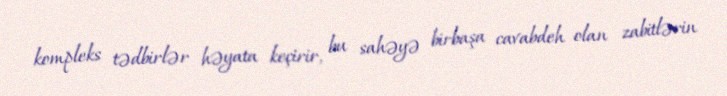
kompleks tədbirlər həyata keçirir, bu sahəyə birbaşa cavabdeh olan zabitlərin